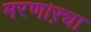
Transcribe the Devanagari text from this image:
मरण।ऱ्या